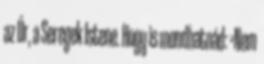
az Úr, a Seregek Istene. Hogy is mondhatnád: »Nem